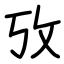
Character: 攷